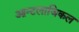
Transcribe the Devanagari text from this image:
आन्टलाजिकल